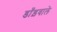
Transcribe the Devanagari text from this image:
डाँड़वाले